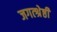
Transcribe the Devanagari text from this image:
जगत्श्रेष्ठी